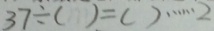
3 7 \div ( ) = ( ) \cdots 2